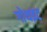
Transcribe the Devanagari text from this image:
गोथइट